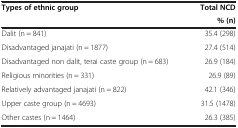
<table><thead><tr><td><b>Types of ethnic group</b></td><td><b>Total NCD</b></td></tr><tr><td><b> </b></td><td><b>% (n)</b></td></tr></thead><tbody><tr><td>Dalit (n = 841)</td><td>35.4 (298)</td></tr><tr><td>Disadvantaged janajati (n = 1877)</td><td>27.4 (514)</td></tr><tr><td>Disadvantaged non dalit, terai caste group (n = 683)</td><td>26.9 (184)</td></tr><tr><td>Religious minorities (n = 331)</td><td>26.9 (89)</td></tr><tr><td>Relatively advantaged janajati (n = 822)</td><td>42.1 (346)</td></tr><tr><td>Upper caste group (n = 4693)</td><td>31.5 (1478)</td></tr><tr><td>Other castes (n = 1464)</td><td>26.3 (385)</td></tr></tbody></table>